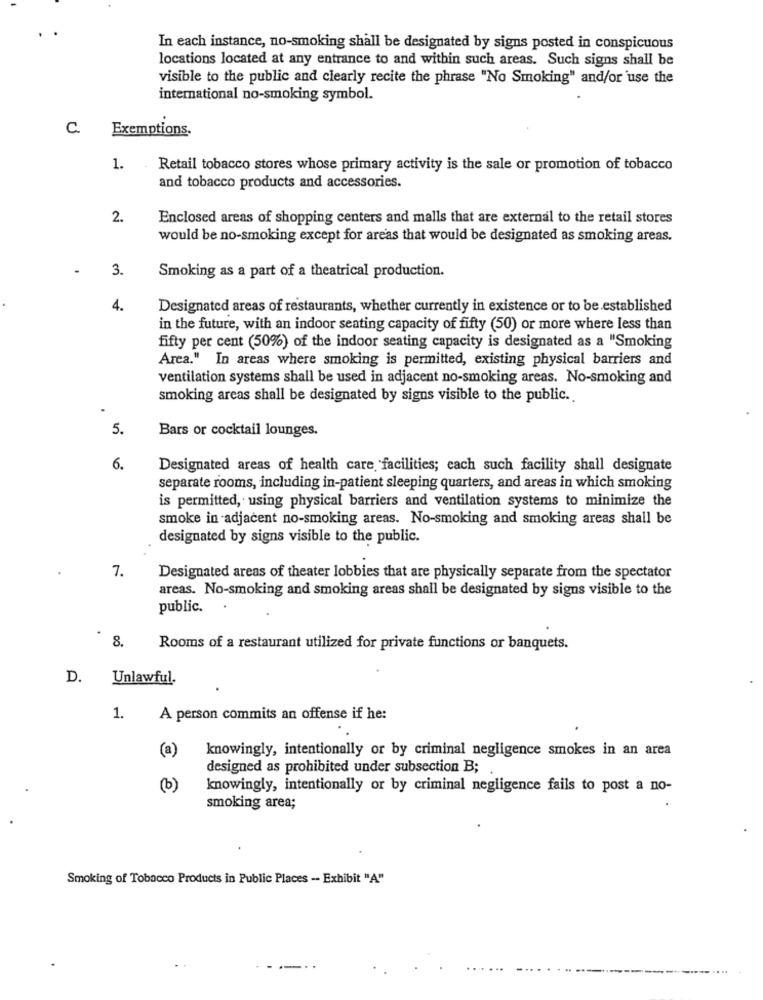
In each instance, no-smoking shall be designated by signs posted in conspicuous
locations located at any entrance to and within such areas. Such signs shall be
visible to the public and clearly recite the phrase "No Smoking" and/or use the
international no-smoking symbol.
C.
Exemptions.
1.
Retail tobacco stores whose primary activity is the sale or promotion of tobacco
and tobacco products and accessories.
2.
Enclosed areas of shopping centers and malls that are external to the retail stores
would be no-smoking except for areas that would be designated as smoking areas.
3.
Smoking as a part of a theatrical production.
4.
Designated areas of restaurants, whether currently in existence or to be established
in the future, with an indoor seating capacity of fifty (50) or more where less than
fifty per cent (50%) of the indoor seating capacity is designated as a "Smoking
Area." In areas where smoking is permitted, existing physical barriers and
ventilation systems shall be used in adjacent no-smoking areas. No-smoking and
smoking areas shall be designated by signs visible to the public.
5.
Bars or cocktail lounges.
6.
Designated areas of health care facilities; each such facility shall designate
separate rooms, including in-patient sleeping quarters, and areas in which smoking
is permitted, using physical barriers and ventilation systems to minimize the
smoke in adjacent no-smoking areas. No-smoking and smoking areas shall be
designated by signs visible to the public.
7.
Designated areas of theater lobbies that are physically separate from the spectator
areas. No-smoking and smoking areas shall be designated by signs visible to the
public.
8.
Rooms of a restaurant utilized for private functions or banquets.
D. Unlawful.
1.
A person commits an offense if he:
(a)
knowingly, intentionally or by criminal negligence smokes in an area
designed as prohibited under subsection B;
(b)
knowingly, intentionally or by criminal negligence fails to post a no-
smoking area;
Smoking of Tobacco Products in Public Places - Exhibit "A"